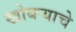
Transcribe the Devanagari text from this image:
खोबऱ्याचे